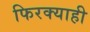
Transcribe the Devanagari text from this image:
फिरक्याही